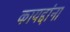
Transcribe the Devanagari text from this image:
कायद्दांना